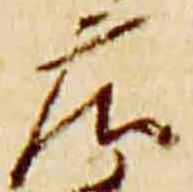
庄